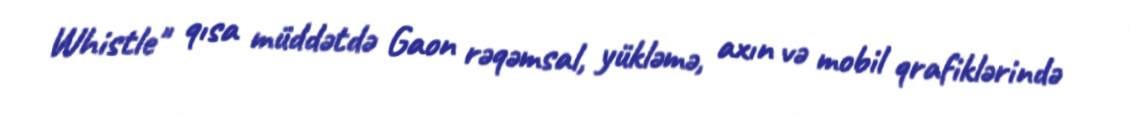
Whistle" qısa müddətdə Gaon rəqəmsal, yükləmə, axın və mobil qrafiklərində